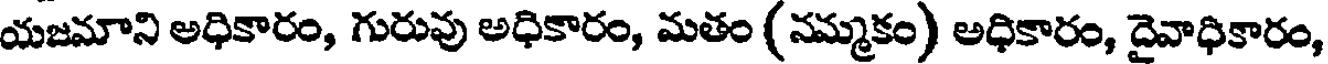
యజమాని అధికారం, గురువు అధికారం, మతం (నమ్మకం) అధికారం, దైవాధికారం,